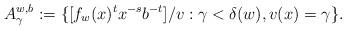
LaTeX: \begin{align*}A_\gamma^{w,b}:=\{[f_w(x)^{t}x^{-s}b^{-t}]/v : \gamma<\delta(w), v(x)=\gamma\}.\end{align*}